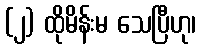
(၂) ထိုမိန်းမ သေပြီဟု၊